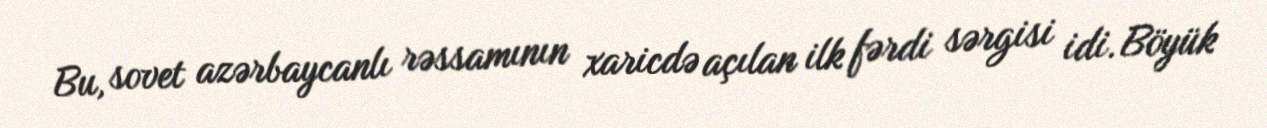
Bu, sovet azərbaycanlı rəssamının xaricdə açılan ilk fərdi sərgisi idi. Böyük